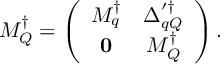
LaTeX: { \cal M } _ { \cal Q } ^ { \dagger } = \left( \begin{array} { c c } { { M _ { q } ^ { \dagger } } } & { { \Delta _ { q Q } ^ { \prime \dagger } } } \\ { { { \bf 0 } } } & { { M _ { Q } ^ { \dagger } } } \end{array} \right) .